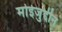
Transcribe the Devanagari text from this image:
मोईजुद्दीन